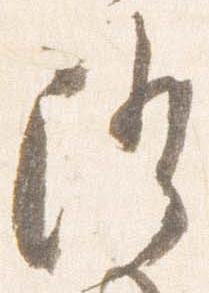
隆